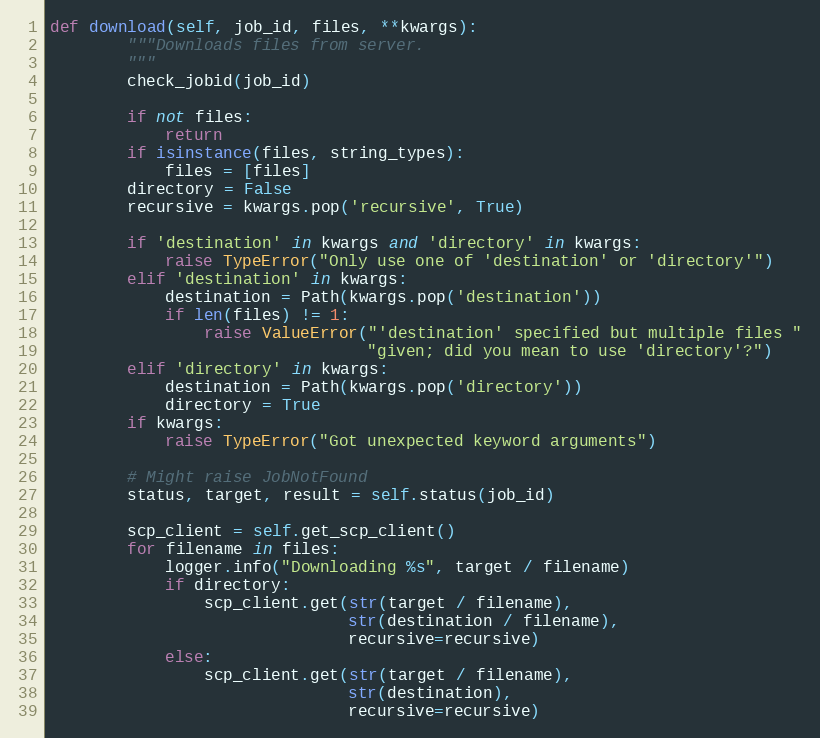
Language: Python
def download(self, job_id, files, **kwargs):
        """Downloads files from server.
        """
        check_jobid(job_id)

        if not files:
            return
        if isinstance(files, string_types):
            files = [files]
        directory = False
        recursive = kwargs.pop('recursive', True)

        if 'destination' in kwargs and 'directory' in kwargs:
            raise TypeError("Only use one of 'destination' or 'directory'")
        elif 'destination' in kwargs:
            destination = Path(kwargs.pop('destination'))
            if len(files) != 1:
                raise ValueError("'destination' specified but multiple files "
                                 "given; did you mean to use 'directory'?")
        elif 'directory' in kwargs:
            destination = Path(kwargs.pop('directory'))
            directory = True
        if kwargs:
            raise TypeError("Got unexpected keyword arguments")

        # Might raise JobNotFound
        status, target, result = self.status(job_id)

        scp_client = self.get_scp_client()
        for filename in files:
            logger.info("Downloading %s", target / filename)
            if directory:
                scp_client.get(str(target / filename),
                               str(destination / filename),
                               recursive=recursive)
            else:
                scp_client.get(str(target / filename),
                               str(destination),
                               recursive=recursive)